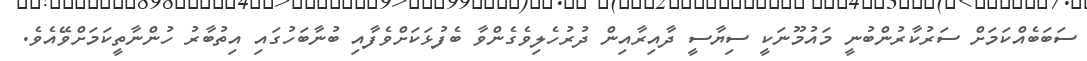
ސަބަބެއްކަމަށް ސަރުކާރުންބުނީ މައުމޫނަކީ ސިޔާސީ ދާއިރާއިން ދުރުހެލިވެގެންވާ ބެފުޅަކަށްވެފާއި ބުނާބަހުގައި އިތުބާރު ހުންނާތީކަމަށްވޭއެވެ.